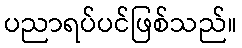
ပညာရပ်ပင်ဖြစ်သည်။